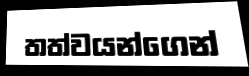
තත්වයන්ගෙන්